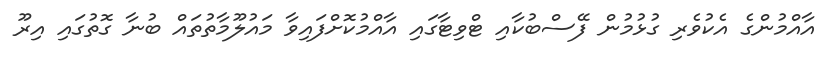
އާއްމުންގެ އެކުވެރި ގުޅުމުން ފޭސްބުކާއި ޓްވިޓާގައި އާއްމުކޮށްފައިވާ މައުލޫމާތުތައް ބުނާ ގޮތުގައި އިރޫ